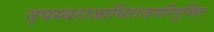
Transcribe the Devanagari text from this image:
नृपस्यराजाधिराजपरिपूजित